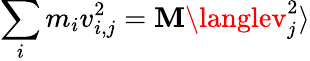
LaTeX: \sum_{i}m_{i}v_{i,j}^{2}=\mathbf{M}\langlev_{j}^{2}\rangle